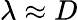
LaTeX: \lambda\approx D